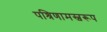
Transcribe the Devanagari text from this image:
पश्रिणामस्वरूप